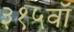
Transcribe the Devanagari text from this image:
३१५वॉ